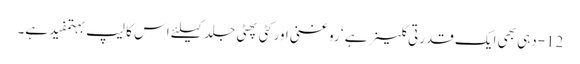
12-دہی بھی ایک قدرتی کلینر ہے ‘ روغنی اور کٹی پھٹی جلد کیلئے اس کا لیپ بہتمفید ہے۔